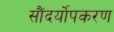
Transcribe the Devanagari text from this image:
सौंदर्योपकरण